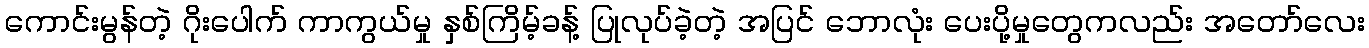
ကောင်းမွန်တဲ့ ဂိုးပေါက် ကာကွယ်မှု နှစ်ကြိမ့်ခန့် ပြုလုပ်ခဲ့တဲ့ အပြင် ဘောလုံး ပေးပို့မှုတွေကလည်း အတော်လေး